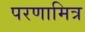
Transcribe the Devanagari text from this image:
परणामित्र